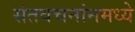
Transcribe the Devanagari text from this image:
संतवचनांनमध्ये